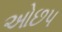
ઓછપ